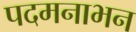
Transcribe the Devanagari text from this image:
पदमनाभन